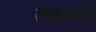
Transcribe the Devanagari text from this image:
लाइवली